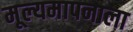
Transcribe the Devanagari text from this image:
मूल्यमापनाला